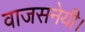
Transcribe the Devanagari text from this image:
वाजसनेयी।